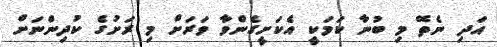
އަދި ނެތޭ މި ބުނާ ކަމަކީ އެކަށީގެންވާ ވަރަށް މި ރަށުގެ ކުދިންނަށް